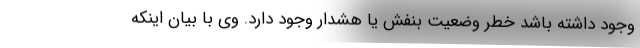
وجود داشته باشد خطر وضعیت بنفش یا هشدار وجود دارد. وی با بیان اینکه